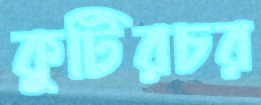
কুটিরচর